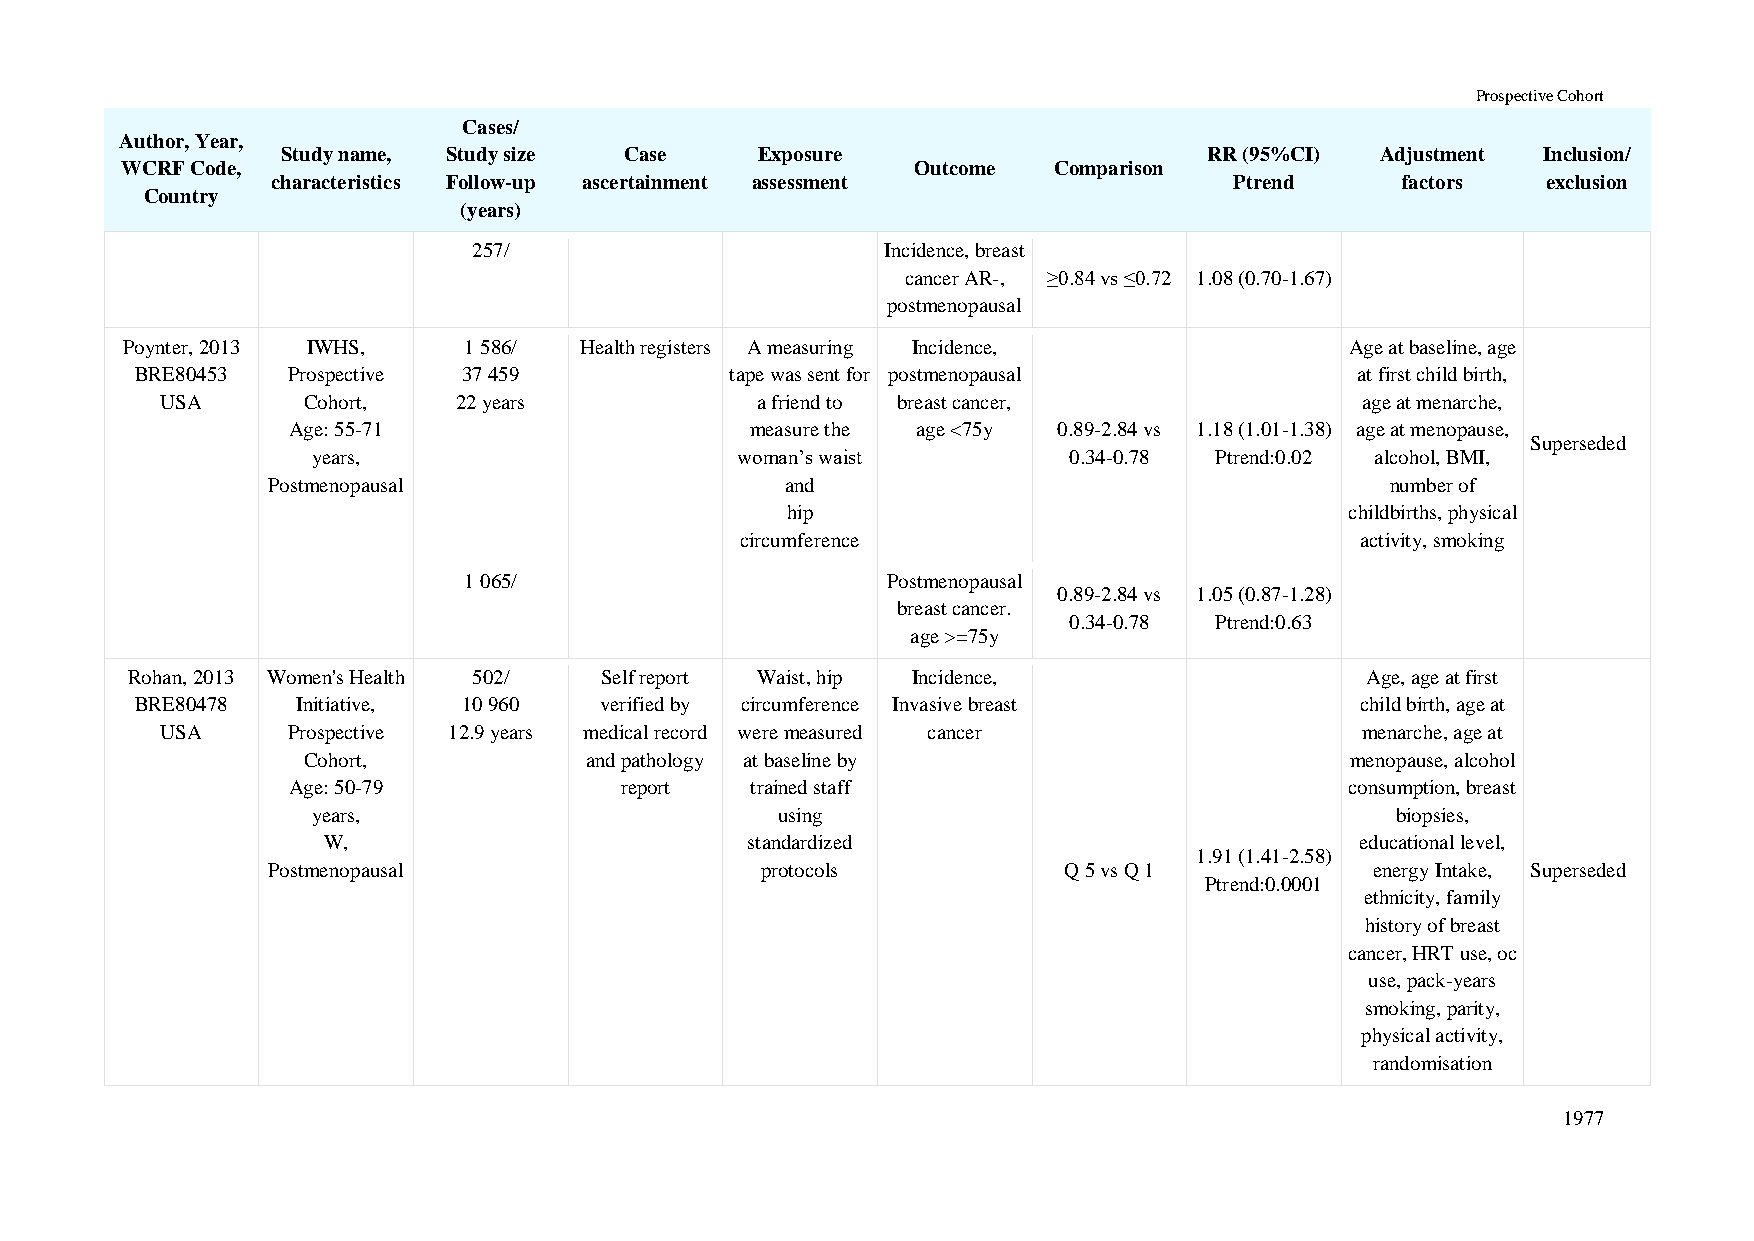
Prospective Cohort
 Cases/
 Author, Year,
 Study name, Study size Case    Exposure                      RR (95%CI) Adjustment Inclusion/
 WCRF Code,                                           Outcome  Comparison
 characteristics Follow-up ascertainment assessment              Ptrend     factors  exclusion
 Country
 (years)
 257/                        Incidence, breast
 cancer AR-, ≥0.84 vs ≤0.72 1.08 (0.70-1.67)
 postmenopausal
 Poynter, 2013 IWHS,    1 586/ Health registers A measuring Incidence,            Age at baseline, age
 BRE80453  Prospective 37 459           tape was sent for postmenopausal          at first child birth,
 USA      Cohort,   22 years            a friend to breast cancer,              age at menarche,
 Age: 55-71                     measure the age <75y 0.89-2.84 vs 1.18 (1.01-1.38) age at menopause,
 Superseded
 years,                      woman’s waist         0.34-0.78 Ptrend:0.02 alcohol, BMI,
 Postmenopausal                    and                                     number of
 hip                                  childbirths, physical
 circumference                            activity, smoking
 1 065/                      Postmenopausal
 0.89-2.84 vs 1.05 (0.87-1.28)
 breast cancer.
 0.34-0.78 Ptrend:0.63
 age >=75y
 Rohan, 2013 Women's Health 502/ Self report Waist, hip Incidence,                 Age, age at first
 BRE80478   Initiative, 10 960  verified by circumference Invasive breast         child birth, age at
 USA     Prospective 12.9 years medical record were measured cancer             menarche, age at
 Cohort,            and pathology at baseline by                      menopause, alcohol
 Age: 50-79            report   trained staff                          consumption, breast
 years,                        using                                    biopsies,
 W,                          standardized                             educational level,
 1.91 (1.41-2.58)
 Postmenopausal                  protocols           Q 5 vs Q 1           energy Intake, Superseded
 Ptrend:0.0001
 ethnicity, family
 history of breast
 cancer, HRT use, oc
 use, pack-years
 smoking, parity,
 physical activity,
 randomisation
 1977